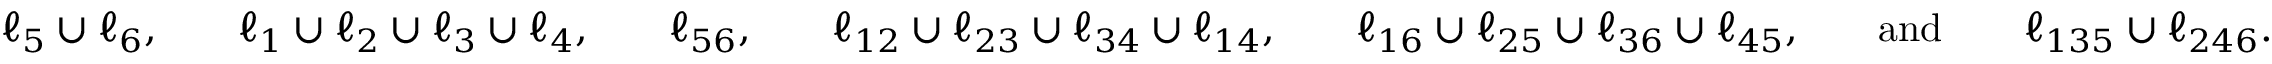
\begin{array} { r l r l r l r l r l r l r l } & { \ell _ { 5 } \cup \ell _ { 6 } , } & & { \ell _ { 1 } \cup \ell _ { 2 } \cup \ell _ { 3 } \cup \ell _ { 4 } , } & & { \ell _ { 5 6 } , } & & { \ell _ { 1 2 } \cup \ell _ { 2 3 } \cup \ell _ { 3 4 } \cup \ell _ { 1 4 } , } & & { \ell _ { 1 6 } \cup \ell _ { 2 5 } \cup \ell _ { 3 6 } \cup \ell _ { 4 5 } , } & & { \mathrm { a n d } } & & { \ell _ { 1 3 5 } \cup \ell _ { 2 4 6 } . } \end{array}